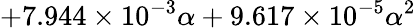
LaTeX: +7.944\times 10^{-3}\alpha+9.617\times 10^{-5}\alpha^{2}